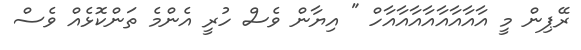
ރޭޕިން މީ އާއާއާއާއާއާއާއާހް " އިޔާން ވެސް ހުރީ އެންމެ ތަންކޮޅެއް ވެސް